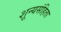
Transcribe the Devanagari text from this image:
शून्यसंहिता